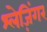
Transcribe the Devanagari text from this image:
श्लेज़िंगर